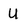
Character: U